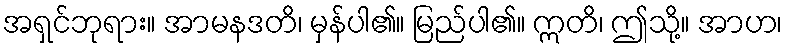
အရှင်ဘုရား။ အာမနဒတိ၊ မှန်ပါ၏။ မြည်ပါ၏။ ဣတိ၊ ဤသို့။ အာဟ၊